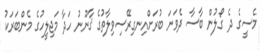
މެސީގެ ދެ ގޯލުން ބާސާ ދެވަނަ ބުރަށްއިނގިރޭސިވިލާތުގެ ޤާނޫނު ހަދާ މަޖިލީހުގެ މެންބަރަކު